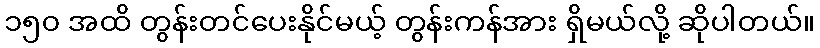
၁၅၀ အထိ တွန်းတင်ပေးနိုင်မယ့် တွန်းကန်အား ရှိမယ်လို့ ဆိုပါတယ်။